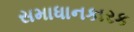
સમાધાનકારક